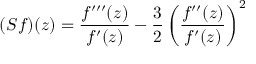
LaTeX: ( S f ) ( z ) = { \frac { f ^ { \prime \prime \prime } ( z ) } { f ^ { \prime } ( z ) } } - { \frac { 3 } { 2 } } \left( { \frac { f ^ { \prime \prime } ( z ) } { f ^ { \prime } ( z ) } } \right) ^ { 2 }